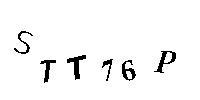
STT76P